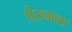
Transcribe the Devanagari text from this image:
पेरुमला